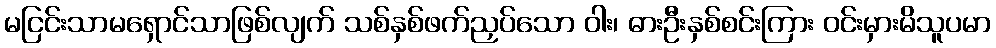
မငြင်းသာမရှောင်သာဖြစ်လျက် သစ်နှစ်ဖက်ညှပ်သော ဝါး၊ ဓားဦးနှစ်စင်းကြား ဝင်းမှားမိသူပမာ